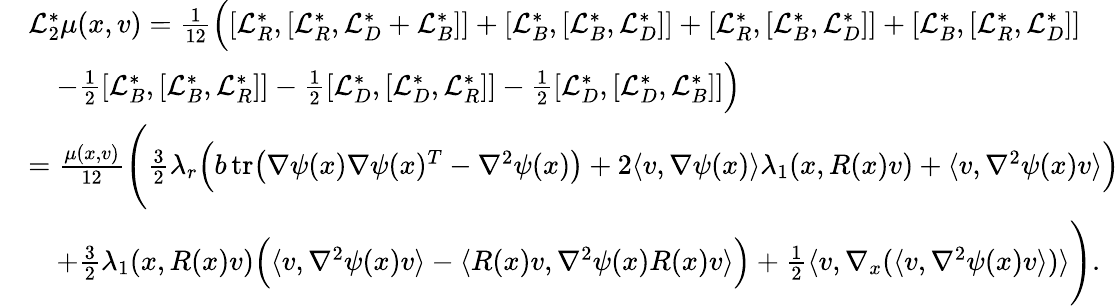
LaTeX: \begin{array}{rl}&{\mathcal{L}_{2}^{*}\mu(x,v)=\frac{1}{12}\Big([\mathcal{L}_{R}^{*},[\mathcal{L}_{R}^{*},\mathcal{L}_{D}^{*}+\mathcal{L}_{B}^{*}]]+[\mathcal{L}_{B}^{*},[\mathcal{L}_{B}^{*},\mathcal{L}_{D}^{*}]]+[\mathcal{L}_{R}^{*},[\mathcal{L}_{B}^{*},\mathcal{L}_{D}^{*}]]+[\mathcal{L}_{B}^{*},[\mathcal{L}_{R}^{*},\mathcal{L}_{D}^{*}]]}\\ &{\quad-\frac{1}{2}[\mathcal{L}_{B}^{*},[\mathcal{L}_{B}^{*},\mathcal{L}_{R}^{*}]]-\frac{1}{2}[\mathcal{L}_{D}^{*},[\mathcal{L}_{D}^{*},\mathcal{L}_{R}^{*}]]-\frac{1}{2}[\mathcal{L}_{D}^{*},[\mathcal{L}_{D}^{*},\mathcal{L}_{B}^{*}]]\Big)}\\ &{=\frac{\mu(x,v)}{12}\Bigg(\frac{3}{2}\lambda_{r}\Big(b\, \mathrm{tr}\big(\nabla\psi(x)\nabla\psi(x)^{T}-\nabla^{2}\psi(x)\big)+2\langle v,\nabla\psi(x)\rangle\lambda_{1}(x,R(x)v)+\langle v,\nabla^{2}\psi(x)v\rangle\Big)}\\ &{\quad+\frac{3}{2}\lambda_{1}(x,R(x)v)\Big(\langle v,\nabla^{2}\psi(x)v\rangle-\langle R(x)v,\nabla^{2}\psi(x)R(x)v\rangle\Big)+\frac{1}{2}\langle v,\nabla_{x}(\langle v,\nabla^{2}\psi(x)v\rangle)\rangle\Bigg).}\end{array}